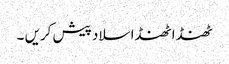
ٹھنڈا ٹھنڈا سلاد پیش کریں ۔